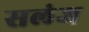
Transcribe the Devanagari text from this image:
सलंज